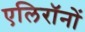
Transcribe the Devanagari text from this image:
एलिरॉनों